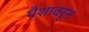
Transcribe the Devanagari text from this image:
पैशावरून